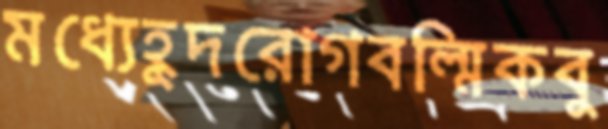
মধ্যেহূদরোগবল্মিকবু